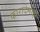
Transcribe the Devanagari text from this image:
कारादेनीझ़